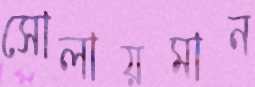
সোলায়মান